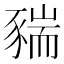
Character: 䝎